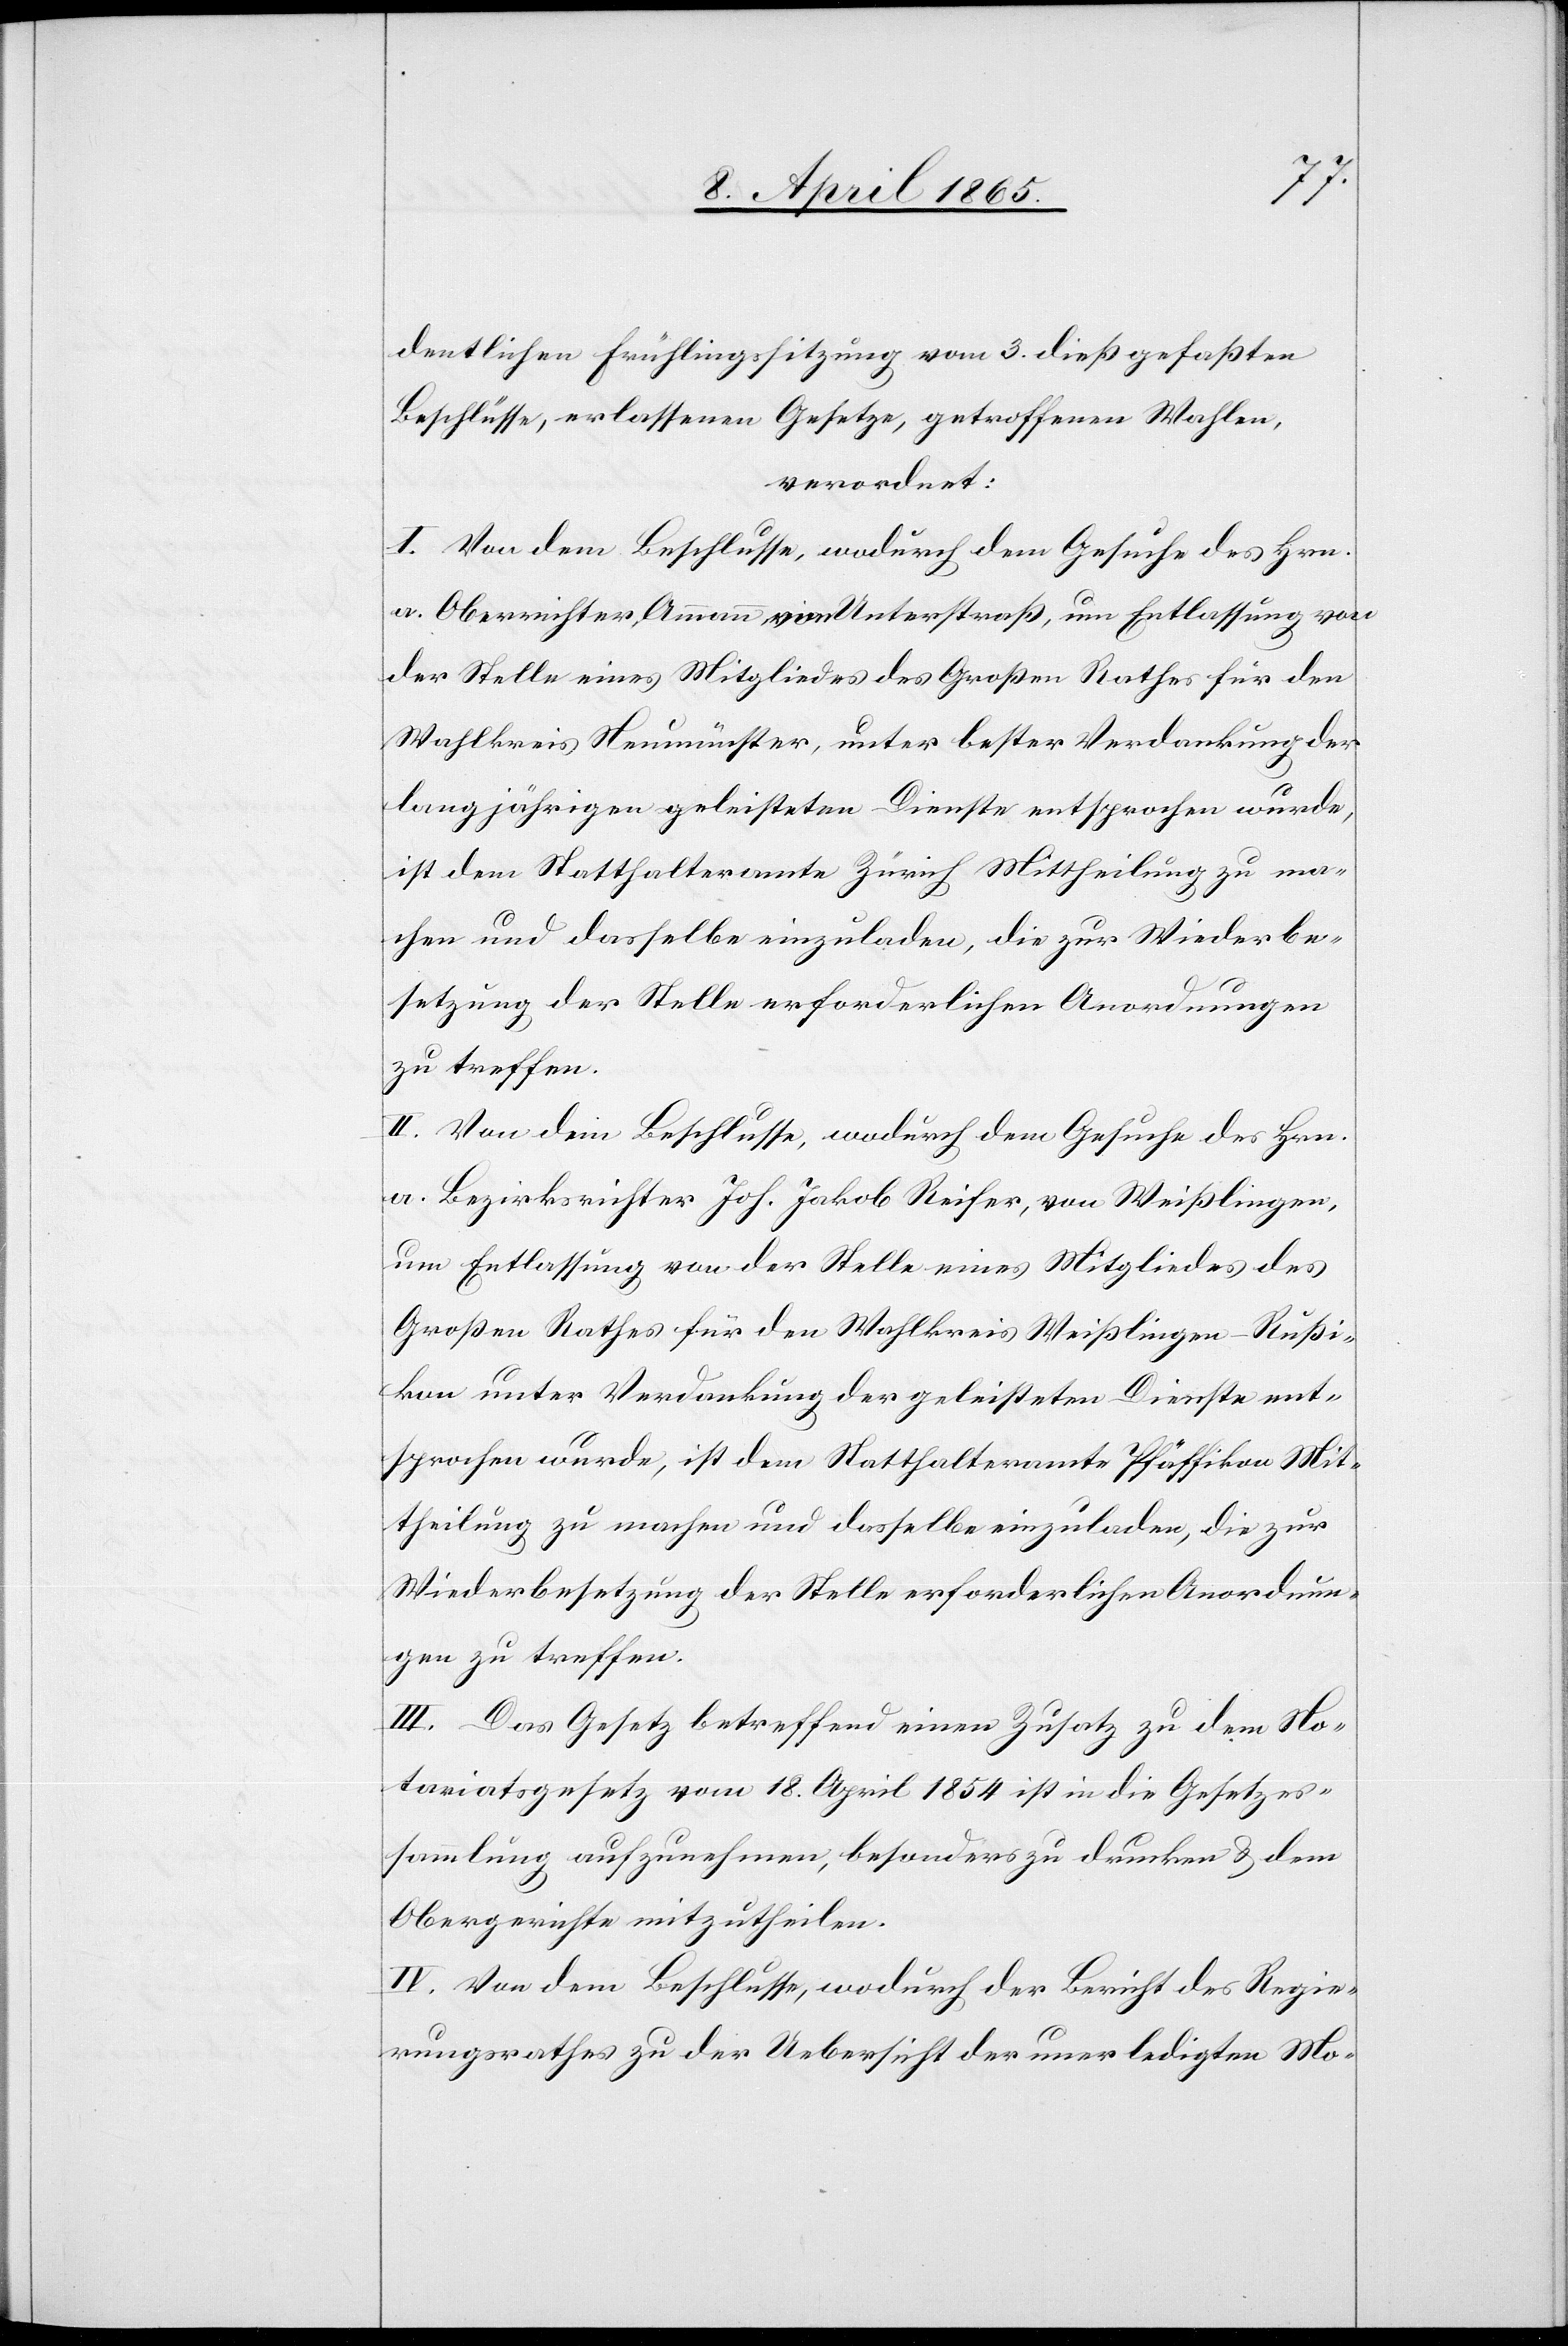
dentlichen Frühlingssitzung vom 3. dieß gefaßten
Beschlüsse, erlassenen Gesetze, getroffenen Wahlen,
verordnet:
I. Von dem Beschlusse, wodurch dem Gesuche des Hrn.
a. Oberrichter Ammann, von Unterstraß, um Entlassung von
der Stelle eines Mitgliedes des Großen Rathes für den
Wahlkreis Neumünster, unter bester Verdankung der
langjährigen geleisteten Dienste entsprochen wurde,
ist dem Statthalteramte Zürich Mittheilung zu ma¬
chen und dasselbe einzuladen, die zur Wiederbe¬
setzung der Stelle erforderlichen Anordnungen
zu treffen.
II. Von dem Beschlusse, wodurch dem Gesuche des Hrn.
a. Bezirksrichter Joh. Jakob Reifer, von Weißlingen,
um Entlassung von der Stelle eines Mitgliedes des
Großen Rathes für den Wahlkreis Weißlingen-Rußi¬
kon unter Verdankung der geleisteten Dienste ent¬
sprochen wurde, ist dem Statthalteramte Pfäffikon Mit¬
theilung zu machen und dasselbe einzuladen, die zur
Wiederbesetzung der Stelle erforderlichen Anordnun¬
gen zu treffen.
III. Das Gesetz betreffend einen Zusatz zu dem No¬
tariatsgesetz vom 18. April 1854 ist in die Gesetzes¬
sammlung aufzunehmen, besonders zu drucken & dem
Obergerichte mitzutheilen.
IV. Von dem Beschlusse, wodurch der Bericht des Regie¬
rungsrathes zu der Uebersicht der unerledigten Mo-